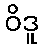
ဝိဒူ